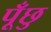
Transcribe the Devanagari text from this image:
पूँछु